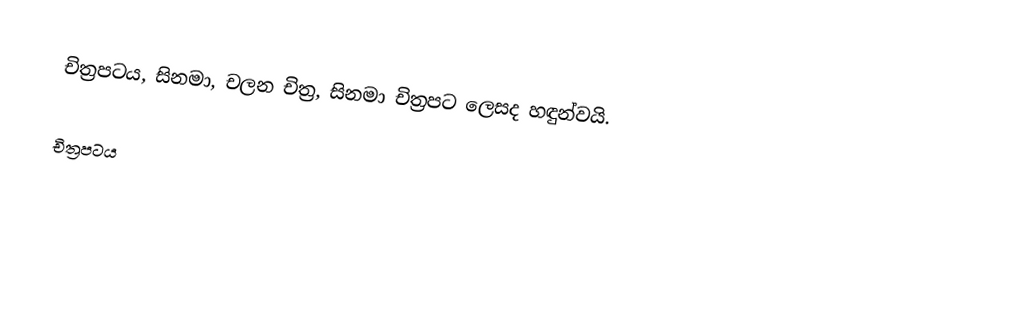
චිත්‍රපටය, සිනමා, චලන චිත්‍ර, සිනමා චිත්‍රපට ලෙසද හඳුන්වයි.

චිත්‍රපටය